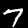
Digit: 7